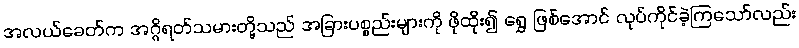
အလယ်ခေတ်က အဂ္ဂိရတ်သမားတို့သည် အခြားပစ္စည်းများကို ဖိုထိုး၍ ရွှေ ဖြစ်အောင် လုပ်ကိုင်ခဲ့ကြသော်လည်း